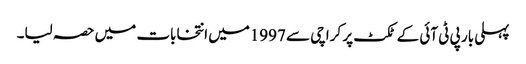
پہلی بار پی ٹی آئی کے ٹکٹ پر کراچی سے 1997میں انتخابات میں حصہ لیا۔